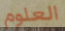
العلوم